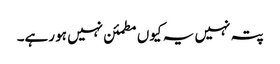
پتہ نہیں یہ کیوں مطمئن نہیں ہو رہے۔